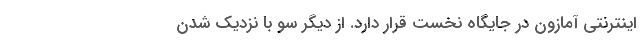
اینترنتی آمازون در جایگاه نخست قرار دارد. از دیگر سو با نزدیک شدن